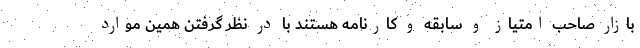
بازار صاحب امتیاز و سابقه و کارنامه هستند با در نظر گرفتن همین موارد